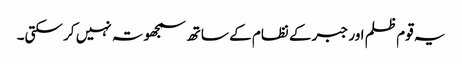
یہ قوم ظلم اور جبر کے نظام کے ساتھ سمجھوتہ نہیں کر سکتی۔